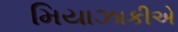
મિયાઝાકીએ